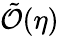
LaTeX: \tilde{\cal{O}}(\eta)